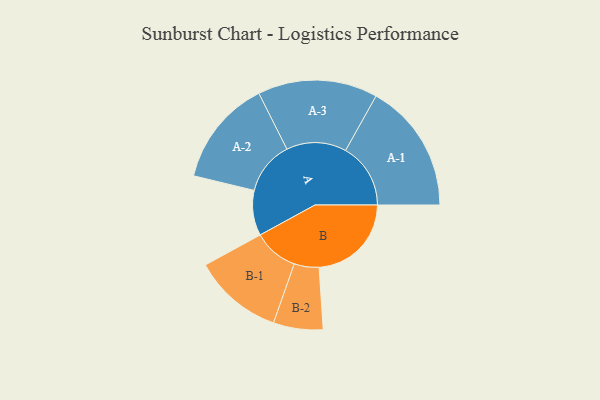
{"axis": {"x": "Segment", "y": "Value"}, "legend": ["", "A", "B"], "data": [{"x": "A", "y": 184, "type": ""}, {"x": "B", "y": 376, "type": ""}, {"x": "A-1", "y": 265, "type": "A"}, {"x": "A-2", "y": 217, "type": "A"}, {"x": "A-3", "y": 244, "type": "A"}, {"x": "B-1", "y": 183, "type": "B"}, {"x": "B-2", "y": 101, "type": "B"}]}